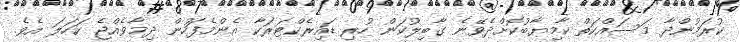
ކުރަމުންދާ މަސައްކަތް ކާމިޔާބުކޮށްދެވޭނެ ގާބިލުކަން ހުރި ޑައިރެކްޓަރަކާ އެންމެފަހުން ދިމާވެއްޖެ ކަހަލަ އެވެ.